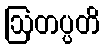
ဩတပ္ပတိ